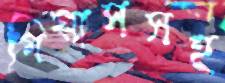
গিয়াসসহ